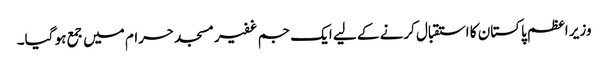
وزیر اعظم پاکستان کا استقبال کرنے کے لیے ایک جم غفیرمسجد حرام میں جمع ہو گیا۔